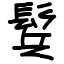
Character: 鬂